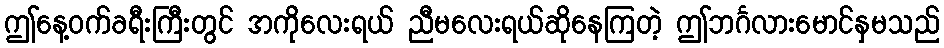
ဤနေ့ဝက်ခရီးကြီးတွင် အကိုလေးရယ် ညီမလေးရယ်ဆိုနေကြတဲ့ ဤဘင်္ဂလားမောင်နှမသည်